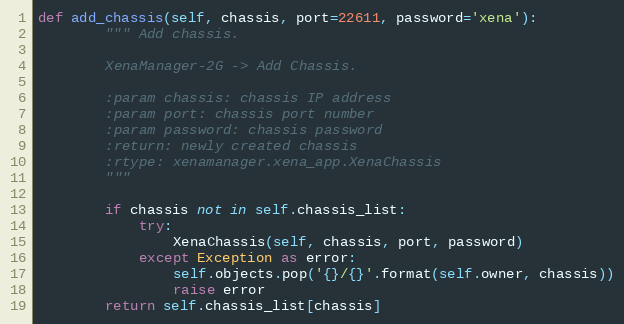
Language: Python
def add_chassis(self, chassis, port=22611, password='xena'):
        """ Add chassis.

        XenaManager-2G -> Add Chassis.

        :param chassis: chassis IP address
        :param port: chassis port number
        :param password: chassis password
        :return: newly created chassis
        :rtype: xenamanager.xena_app.XenaChassis
        """

        if chassis not in self.chassis_list:
            try:
                XenaChassis(self, chassis, port, password)
            except Exception as error:
                self.objects.pop('{}/{}'.format(self.owner, chassis))
                raise error
        return self.chassis_list[chassis]